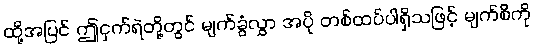
ထို့အပြင် ဤငှက်ရဲတို့တွင် မျက်ခွံလွှာ အပို တစ်ထပ်ပါရှိသဖြင့် မျက်စိကို